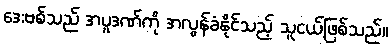
ဒေးဗစ်သည် အပူဒဏ်ကို အလွန်ခံနိုင်သည့် သူငယ်ဖြစ်သည်။